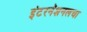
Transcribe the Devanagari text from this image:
इंटरनॅशनलचा